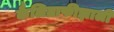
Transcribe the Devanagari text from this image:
कैलिग्राफीझाली